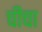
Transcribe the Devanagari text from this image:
चीचा